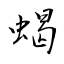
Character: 蝎